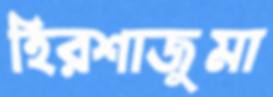
হিরশাজুমা